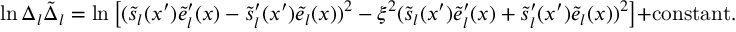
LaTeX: \ln \Delta _ { l } \tilde { \Delta } _ { l } = \ln \left[ ( \tilde { s } _ { l } ( x ^ { \prime } ) \tilde { e } _ { l } ^ { \prime } ( x ) - \tilde { s } _ { l } ^ { \prime } ( x ^ { \prime } ) \tilde { e } _ { l } ( x ) ) ^ { 2 } - \xi ^ { 2 } ( \tilde { s } _ { l } ( x ^ { \prime } ) \tilde { e } _ { l } ^ { \prime } ( x ) + \tilde { s } _ { l } ^ { \prime } ( x ^ { \prime } ) \tilde { e } _ { l } ( x ) ) ^ { 2 } \right] + \mathrm { c o n s t a n t } .